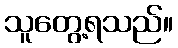
သူတွေ့ရသည်။